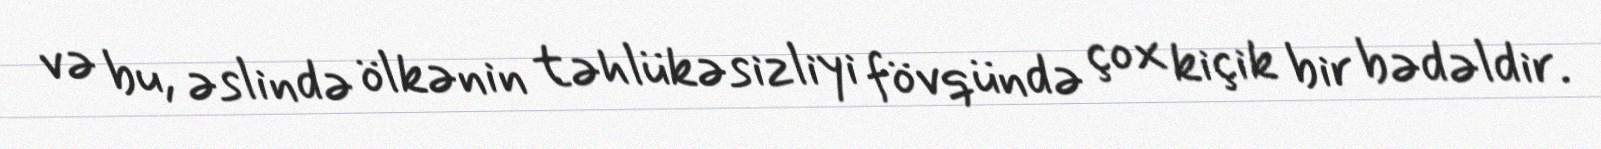
və bu, əslində ölkənin təhlükəsizliyi fövqündə çox kiçik bir bədəldir.